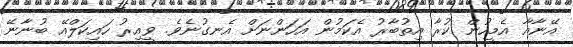
އޭނާއާ އެމީހުން ކުރާ އިތުބާރު އެކަމުން އަހަންނަށް އެނގުނެވެ. ވީއިރު ހައިކަލްއޭ ބުނާނޭ